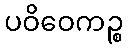
ပဝိဝေကဉ္စ